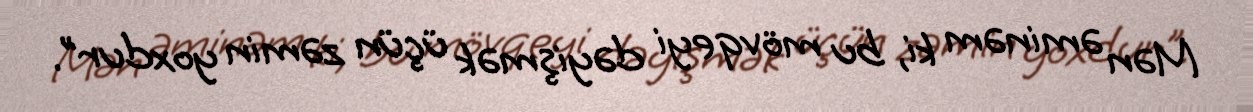
Mən əminəm ki, bu mövqeyi dəyişmək üçün zəmin yoxdur”.